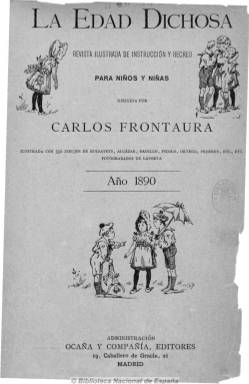
Título: La Edad dichosa
Colección: Revistas infantiles
Ámbito geográfico: Madrid
Lugar de publicación: Madrid
Fechas: 01/01/1890-31/12/1892

Subtitulada “revista ilustrada de instrucción y recreo para niños y niñas”, es una publicación dirigida por el periodista y escritor Carlos Frontaura (1834-1910) dedicada al mundo infantil. Incluye una crónica de sucesos de actualidad, redactada por el propio Frontaura, así como cuentos, narraciones literarias y de viajes, artículos de historia, fábulas, composiciones poéticas, comedias infantiles, frases célebres y unos ejercicios intelectuales en los que aparecen fugas de vocales y consonantes, logogrifos y jeroglíficos y charadas.

Excelentemente ilustrada con más de 350 dibujos de Ruidavets, Badillo, Picolo, Ortego y Pedrero, entre otros, y fotograbados de Laporta. Los autores de los textos son tanto extranjeros como españoles, entre los que se aparecen clásicos como Calderón de la Barca o Anderssen, o escritores y escritoras de la época. Generalmente, de 16 páginas, publicaba tres números al mes (decenal) y sirvió para inculcar la afición a la lectura y a la instrucción. Incluye un índice general de autores.